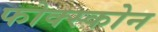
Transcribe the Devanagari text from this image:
फोक्स्कोन